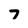
Character: 7